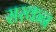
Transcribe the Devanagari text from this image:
सरकन